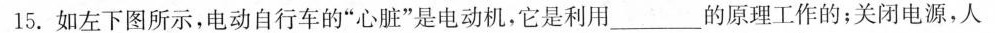
15.如左下图所示，电动自行车的”心脏”是电动机，它是利用______的原理工作的；关闭电源，人